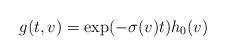
LaTeX: \begin{align*}g(t,v)=\exp(-\sigma(v) t)h_0(v)\end{align*}